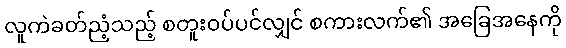
လူကဲခတ်ညံ့သည့် စတူးဝပ်ပင်လျှင် စကားလက်၏ အခြေအနေကို